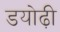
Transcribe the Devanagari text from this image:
डयोढ़ी